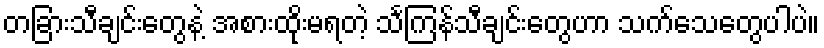
တခြားသီချင်းတွေနဲ့ အစားထိုးမရတဲ့ သင်္ကြန်သီချင်းတွေဟာ သက်သေတွေပါပဲ။